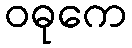
ဝဓုကေ